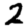
Digit: 2